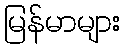
မြန်မာများ